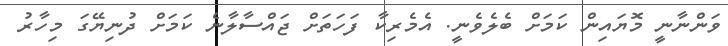
ވަންނާނީ މޮޔައިން ކަމަށް ބެލެވެނީ. އެމެރިކާ ފަހަތަށް ޖައްސާލާނެ ކަމަށް ދުނިޔޭގަ މިހާރު